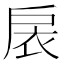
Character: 扆